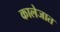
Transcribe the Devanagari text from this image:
कालेजात